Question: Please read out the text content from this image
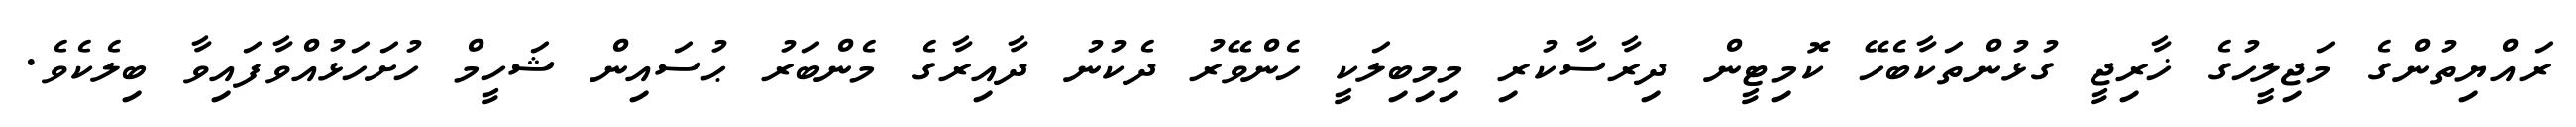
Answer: ރައްޔިތުންގެ މަޖިލީހުގެ ޚާރިޖީ ގުޅުންތަކާބެހޭ ކޮމިޓީން ދިރާސާކުރި މިމިބިލަކީ ހެންވޭރު ދެކުނު ދާއިރާގެ މެންބަރު ޙުސައިން ޝަހީމް ހުށަހަޅުއްވާފައިވާ ބިލެކެވެ.